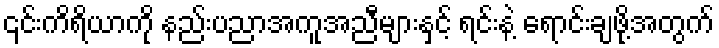
၎င်းကိရိယာကို နည်းပညာအကူအညီများနှင့် ရင်းနဲ့ ရောင်းချဖို့အတွက်